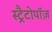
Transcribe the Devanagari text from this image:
स्ट्रैटोपॉज़